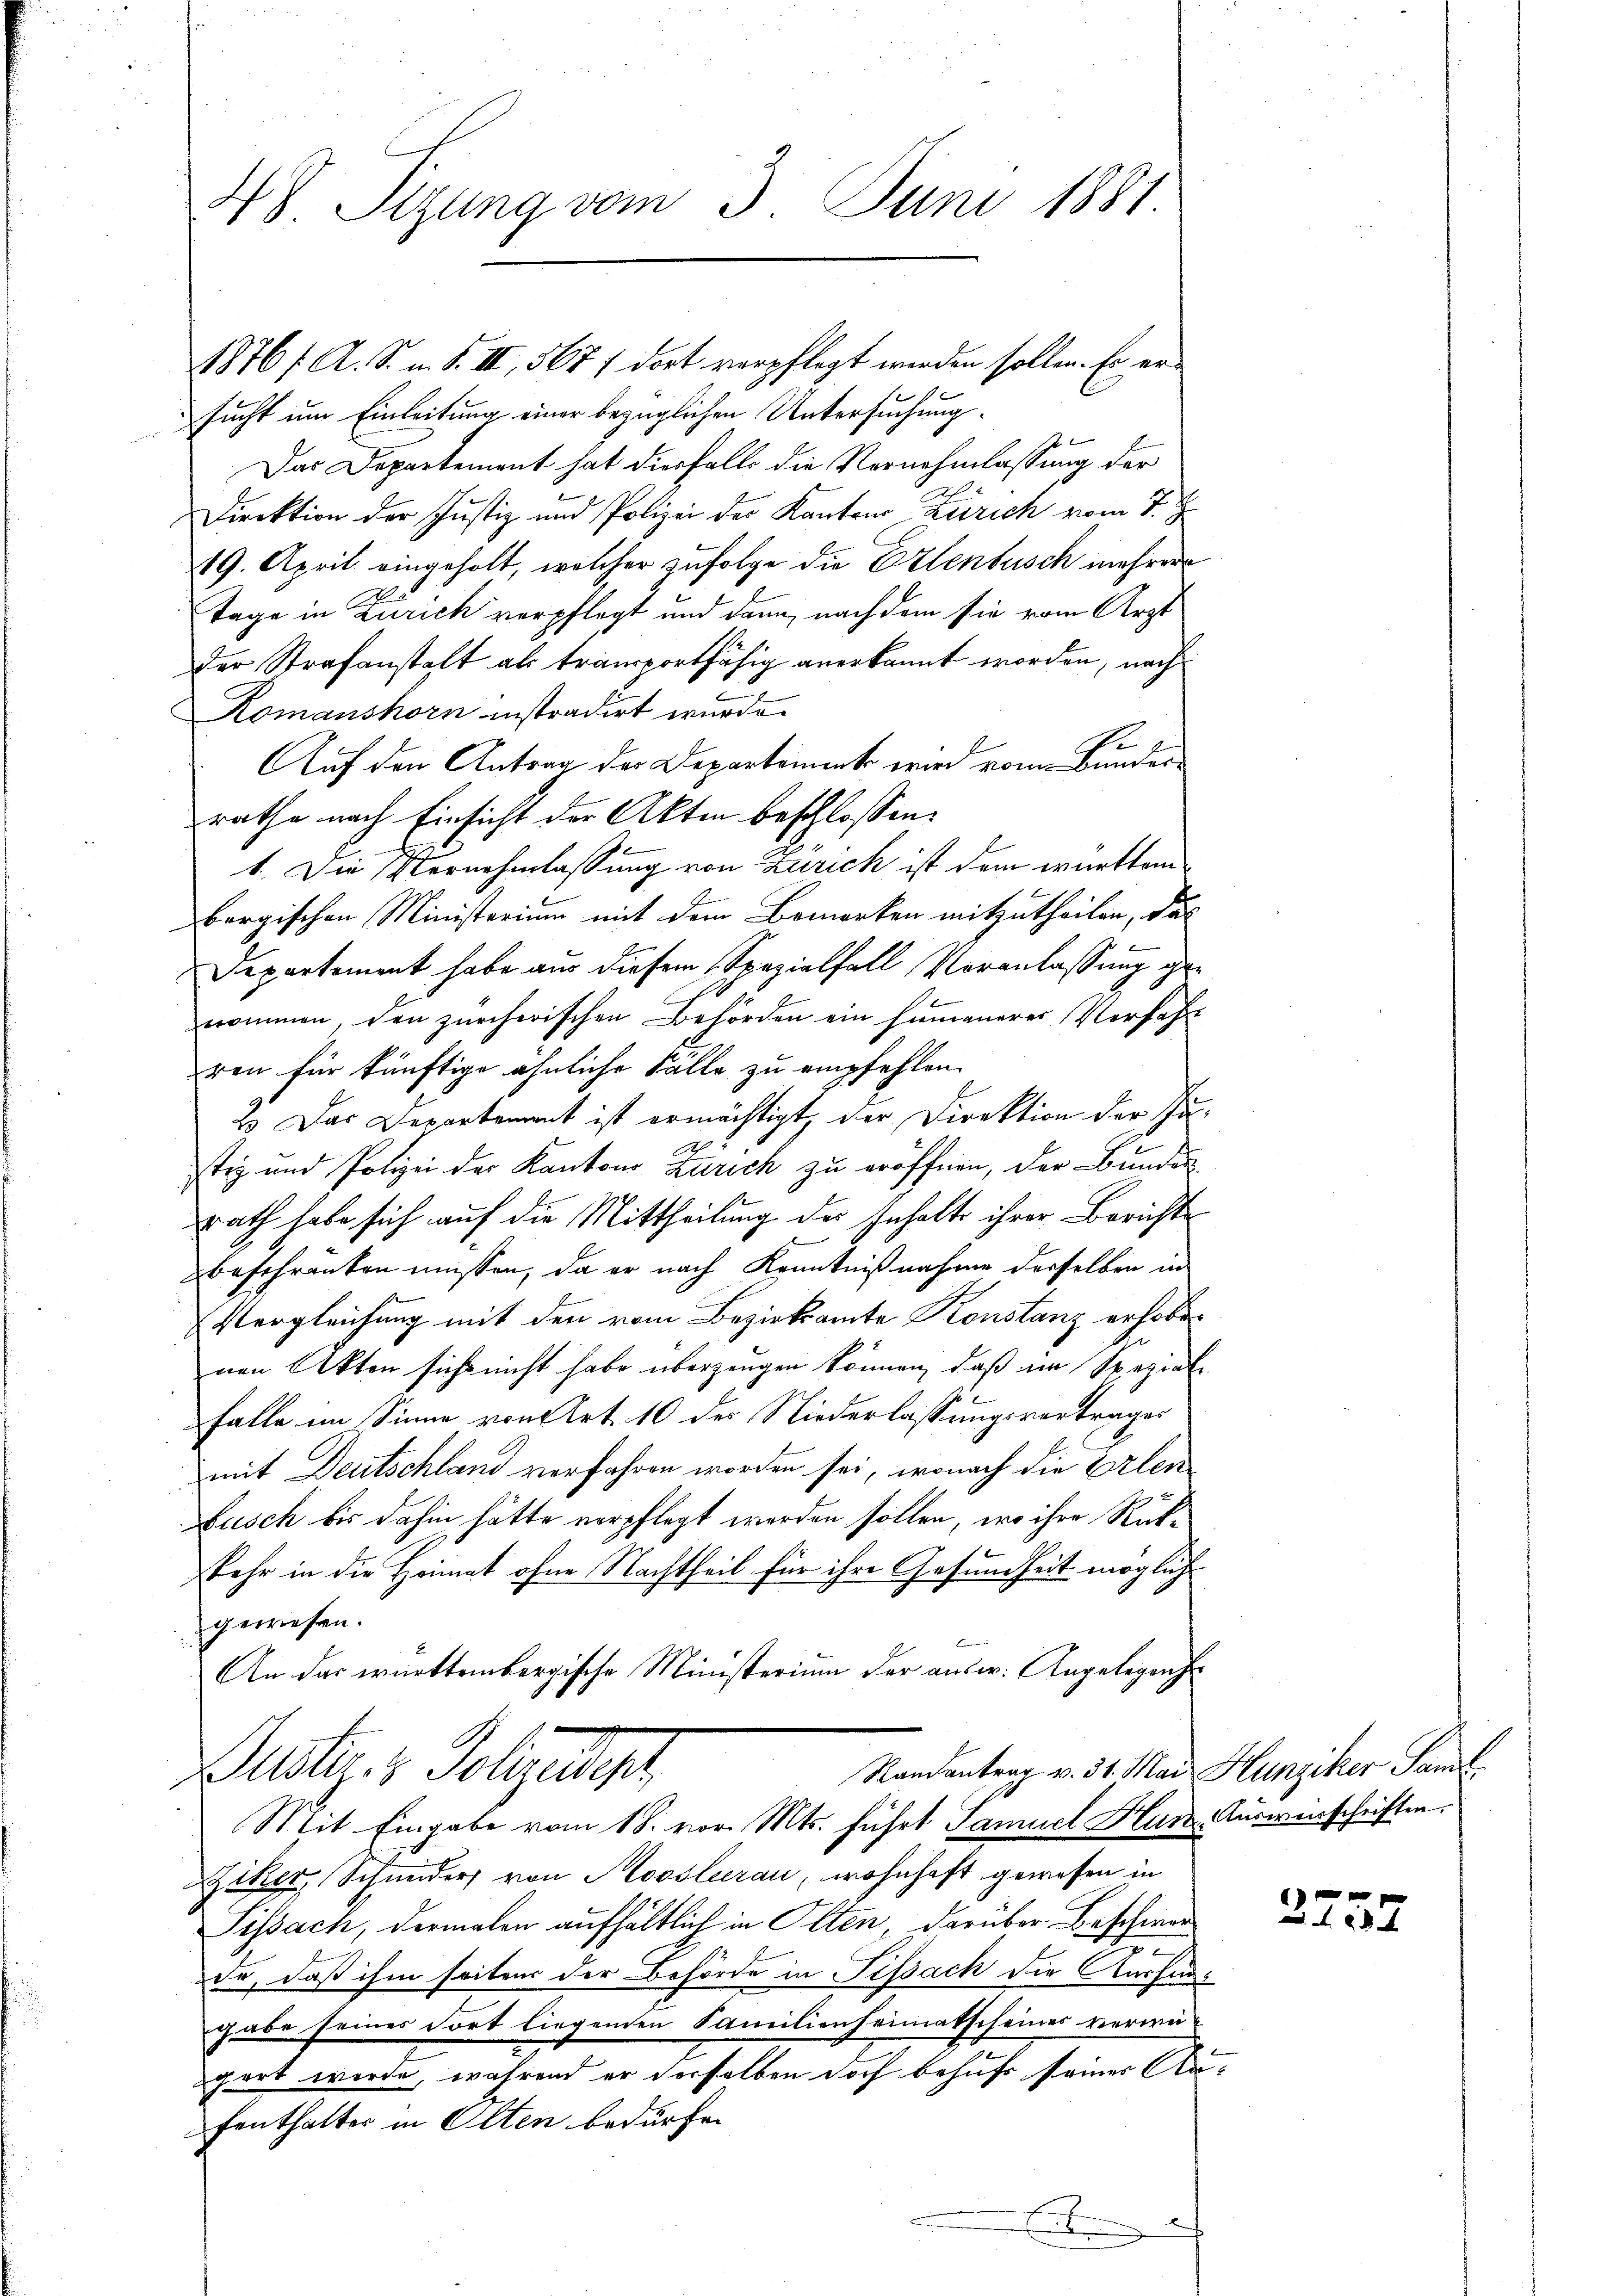
48 Sizung vom 3. Juni 1881

1876 f. A. S. m. S. II, 567 f dort verpflegt werden sollen. Er er
sucht um Einleitung einer bezüglichen Untersuchung.
Das Departement hat diesfalls die Vernehmlassung der
Direktion der Justiz und Polizei des Kantons Zürich vom 7. J
19. April eingeholt, welcher zufolge die Erlenbusch mehrer
Tage in Zürich verpflegt und dann, nach dem sie vom Arzt
der Strafanstalt als transportfähig anerkannt worden, nach
Komanshorn instradirt wurde.
1
Auf den Antrag der Departement wird vom Bunderrathe nach Einsicht der Akten beschlossen:
1. Die Vernehmlassung von Zürich ist dem württem
bergischen Ministerium mit dem Bemerken mitzutheilen, das
Departement habe aus diesem Spezialfall Veranlassung genommen, den zürcherischen Behörden ein Humanerer Verfahrt
ren für künftige ähnliche Fälle zu empfehlen.
2. Das Departement ist ermächtigt, der Direktion der Ju¬
A
stiz und Polizei der Kantons Zürich zu eröffnen, der Bunden
rath habe sich auf die Mittheilung der Inhalte ihrer Berichte
beschranken müssen, da er nach Kenntnißnahme derselben in
Vergleichung mit den vom Bezirksamte Konstanz erhobenen Akten sicht nicht habe überzeugen können, daß im Spezial
Falle im Sinne von Art. 10 der Niederlassungsvertrages
mit Deutschland verfahren worden sei, wonach die Erlen¬
Lusch bis dahin hätte verpflegt werden sollen, wo ihre Rückkehr in die Heimat ohne Nachtheil für ihre Gesundheit mögliche
gewesen.
An das württembergische Ministerium der ausw. Angelegenhe
Randantrag v. 31. Mai Hunziker Saml
Mltr. v. Polizeigt
Mit Eingabe vom 18. vor. Mts. führt Samuel Hur-Ausweisschriften.
Diker, Schneiders von Moosleerau, wohnhaft gewesen in
Sissach, dermalen aufhältlich in Olten, darüber Beschwerde, daß ihm seitens der Behörde in Tissach die Ausfüngabe seines Fort liegenden Familienheimatscheines verweipert werde, während er derselben doch behufs seiner Au¬
Fenthalter in Olten bedürfen

r

2237